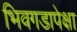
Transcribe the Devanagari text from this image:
भिवगडापेक्षा